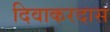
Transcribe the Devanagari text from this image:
दिवाकरदास